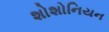
શોશોનિયન